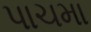
પાચમા